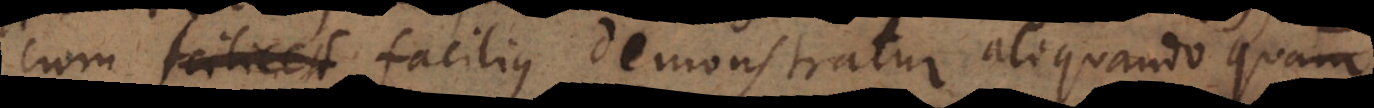
cum facilius demonstratur aliquando quam